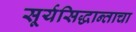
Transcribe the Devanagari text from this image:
सूर्यसिद्धान्ताचा